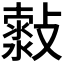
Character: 𣀍